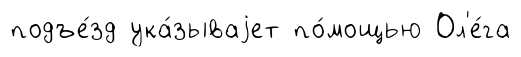
подъе́зд ука́зываjет по́мощью Ол'е́га